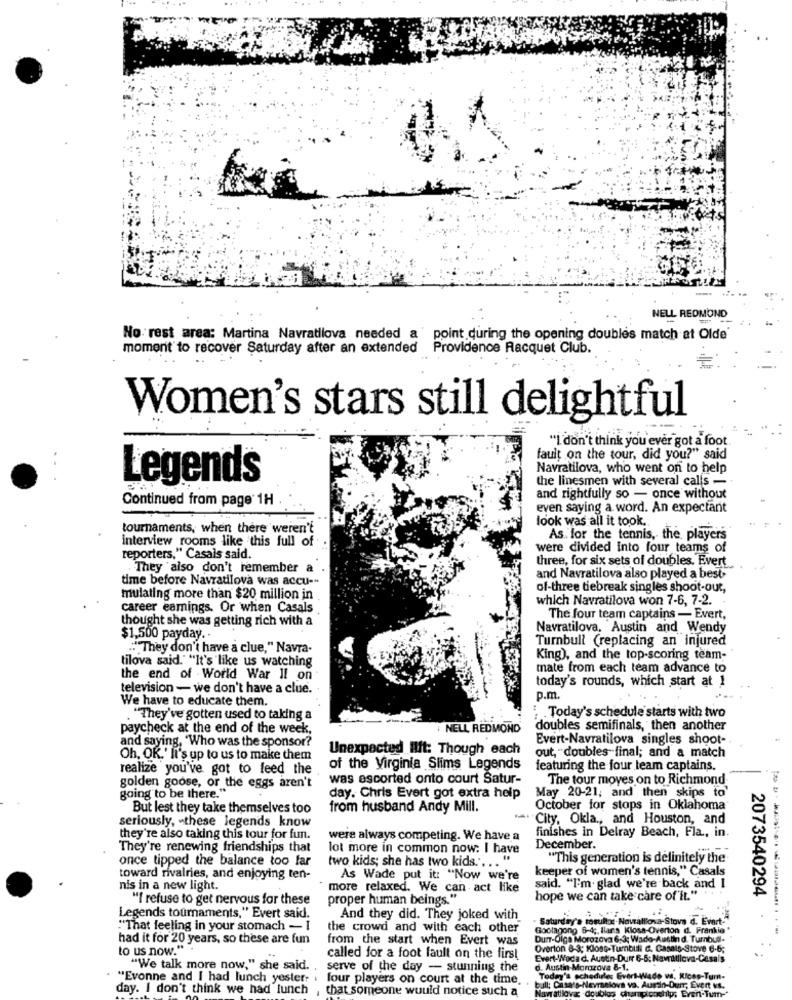
NELL REDMOND
No rest area: Martina Navratilova needed a point during the opening doubles match at Olde
moment to recover Saturday after an extended Providence Racquet Club.
Women's stars still delightful
"I don't think you ever got a foot
fault on the tour, did you?" said
Navratilova, who went on to help
Legends
the linesmen with several calls -
Continued from page 1H
and rightfully so - once without
even saying a word. An expectant
look was all it took.
tournaments, when there weren't
interview rooms like this full of
As. for the tennis, the players
were divided into four teams of
reporters," Casais said.
three, for six sets of doubles. Evert
They also don't remember a
time before Navratilova was accu --
and Navratilova also played a best
of-three tiebreak singles shoot-out,
mulating more than $20 million in
which Navratilova won 7-6, 7-2.
career eamings. Or when Casals
thought she was getting rich with a
The four team captains - Evert,
Navratilova, Austin and Wendy
$1,500 payday ..
Turnbull (replacing an injured
."They don't have a clue," Navra-
tilova said." "It's like us watching
King), and the top-scoring team-
mate from each team advance to
the end of World War II on
today's rounds, which start at 1
television - we don't have a clue.
We have to educate them.
p.m.
. "They've gotten used to taking a
:Today's schedule starts with two
paycheck at the end of the week,
NELL REDMOND
doubles semifinals, then another
and saying, "Who was the sponsor?
Evert-Navratilova singles shoot-
Unexpected Ilft: Though each
Oh, OK.' It's up to us to make them
out, doubles final; and a match
realize you've got to feed the
of the Virginia Slims Legends
featuring the four team captains.
was escorted onto court Satur-
The tour moyes on to Richmond
golden goose, or the eggs aren't
going to be there."
day. Chris Evert got extra help
May 20-21; and then skips to
But lest they take themselves too
from husband Andy Mill.
October for stops in Oklahoma
seriously, - these legends know
City, Okla ., and Houston, and
finishes in Delray Beach, Fla ., in.
they're also taking this tour for fun.
were always competing. We have a
They're renewing friendships that
lot more in common now: I have
December.
once tipped the balance too far
"This generation is definitely the
two kids; she has two kids." .. . "
keeper of women's tennis," Casals
toward rivalries, and enjoying ten-
As Wade put it: "Now we're
nis in a new light.
more relaxed. We can act like
said. "I'm. glad we're back and I
"I refuse to get nervous for these
proper human beings."
hope we can take care of'it."
2073540294
Legends tournaments," Evert said.
And they did. They joked with
Saturday's mosulto: Navrá
"That feeling in your stomach - I
the crowd and with each other
Goolagong 8-4 ;, Ilaria K
had it for 20 years, so these are fun
from the start when Evert was
DUT-Olga Morozova 6:3; Wado-Austin
to us now.".
Overton 8-3; Klost-Tumbull d. Casa
called for a foot fault on the first
Evert-Woda d. Austin-Durr 6-6; Navrat!
"We talk more now," she said.
serve of the day - stunning the
d. Austin-Morozova 8-1.
"Evonne and I had lunch yester-
four players on court at the time
bull; Casa's-Nevraelova va. Aurin-D
Today's schedules Evert-We
day. I don't think we had lunch
that someone would notice such a
Navratilovac -doubles cher
chips